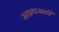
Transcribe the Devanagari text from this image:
मळ्यासाठी